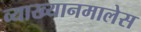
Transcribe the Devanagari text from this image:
व्याख्यानमालेस